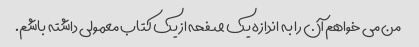
من می خواهم آن را به اندازه یک صفحه از یک کتاب معمولی داشته باشم.